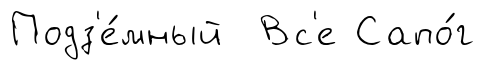
Подз'е́мный Вс'е Сапо́г